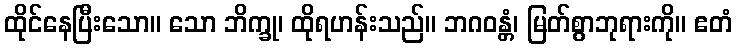
ထိုင်နေပြီးသော။ သော ဘိက္ခု၊ ထိုရဟန်းသည်။ ဘဂဝန္တံ၊ မြတ်စွာဘုရားကို။ ဧတံ